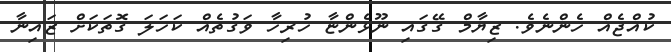
ކުއްޖެއް ހެންނެވެ. ޒިޔާމް ގޭގައި ނޫޅެންޏާ ހުރިހާ ވަގުތެއް ކަހަލަ ގޮތަކަށް ޒައިނާ